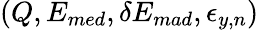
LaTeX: (Q,E_{med},\delta{}E_{mad},\epsilon_{y,n})